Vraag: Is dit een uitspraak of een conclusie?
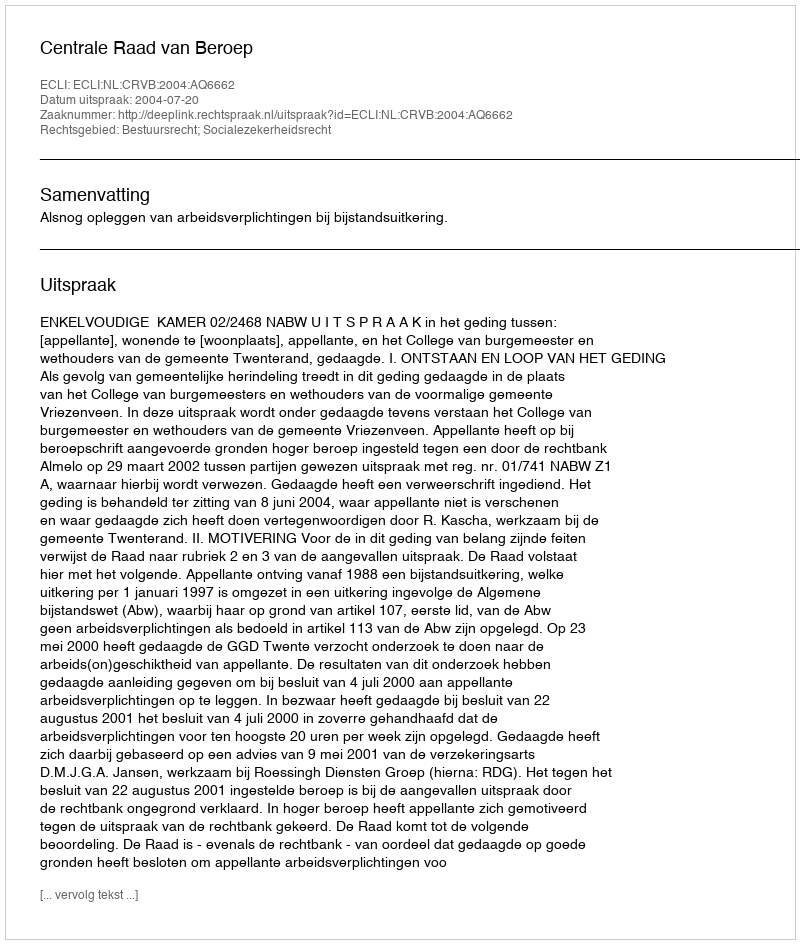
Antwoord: Uitspraak